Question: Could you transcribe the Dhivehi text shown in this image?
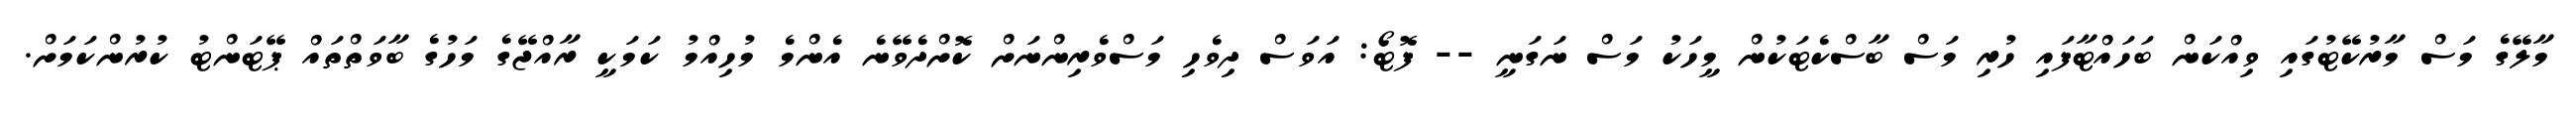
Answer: މާލޭގެ މަސް މާރުކޭޓުގައި ވިއްކަން ބަހައްޓާފައި ހުރި މަސް ބާސްކެޓަކުން މީހަކު މަސް ނަގަނީ -- ފޮޓޯ: އަވަސް ދިވެހި މަސްވެރިންނަށް ކޮށްދެވޭނެ އެންމެ މުހިއްމު ކަމަކީ ރާއްޖޭގެ މަހުގެ ބާވަތްތައް ޕޭޓަންޓު ކުރުންކަމަށް.